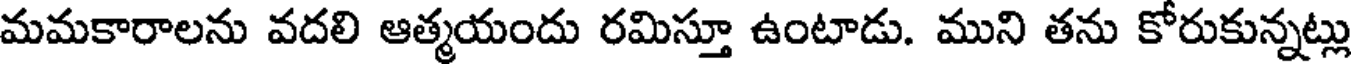
మమకారాలను వదలి ఆత్మయందు రమిస్తూ ఉంటాడు. ముని తను కోరుకున్నట్లు